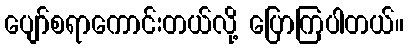
ပျော်စရာကောင်းတယ်လို့ ပြောကြပါတယ်။